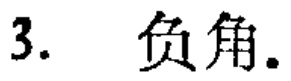
3. 负角.